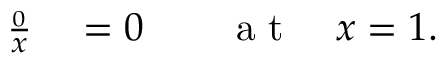
\begin{array} { r l r l } { \frac { \d H _ { 0 } } { \d x } } & { { } = 0 } & { } & { { } \mathrm { ~ a ~ t ~ } \quad x = 1 . } \end{array}